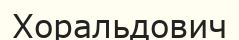
Хоральдович